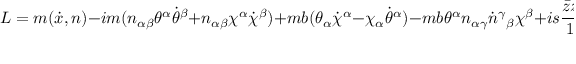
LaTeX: L = m ( \dot { x } , n ) - i m ( n _ { \alpha \beta } \theta ^ { \alpha } \dot { \theta } ^ { \beta } + n _ { \alpha \beta } \chi ^ { \alpha } \dot { \chi } ^ { \beta } ) + m b ( \theta _ { \alpha } \dot { \chi } ^ { \alpha } - \chi _ { \alpha } \dot { \theta } ^ { \alpha } ) - m b \theta ^ { \alpha } n _ { \alpha \gamma } \dot { n } ^ { \gamma } { } _ { \beta } \chi ^ { \beta } + i s \frac { \bar { z } \dot { z } - z \dot { \bar { z } } } { 1 - z \bar { z } } \; ,